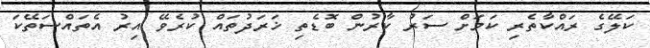
ކަލޭގެ ރައްކާތެރި ކަމަށް ސަރު ކާރުން ބޮޑެތި ޚަރަދުތައް ކުރެވޭ އިރު އެތައްސަތޭކަ